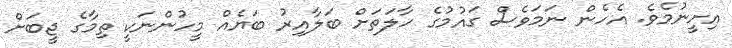
އިށީނުމެވެ. އެހެން ނަމަވެސް ގައުމުގެ ހާލަތަށް ބަލާއިރު ބަޔެއް މީހުންނަކީ ތިމާގެ ޖީބަށް